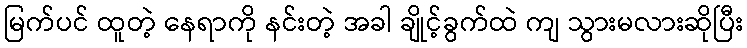
မြက်ပင် ထူတဲ့ နေရာကို နင်းတဲ့ အခါ ချိုင့်ခွက်ထဲ ကျ သွားမလားဆိုပြီး